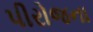
પીરોજના